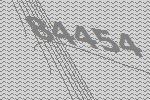
84454